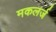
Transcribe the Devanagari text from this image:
मकलर्ज